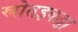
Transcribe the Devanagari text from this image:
स्रोतइकट्ठा